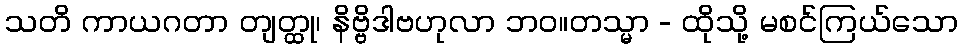
သတိ ကာယဂတာ တျတ္ထု၊ နိဗ္ဗိဒါဗဟုလာ ဘဝ။တသ္မာ - ထိုသို့ မစင်ကြယ်သော